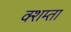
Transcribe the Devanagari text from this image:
क्शम्ता